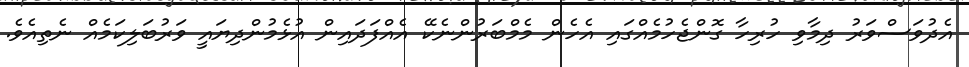
އެދުވަސްވަރު ދިމާވި ހުރިހާ ގޮންޖެހުމެއްގައި އެހެން މެމްބަރުންނެކޭ އެއްފަދައިން އުޅެމުންދިޔައީ ވަރުބަލިކަމެއް ނެތިއެވެ.